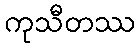
ကုသီတဿ